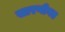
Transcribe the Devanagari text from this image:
सारणीगत